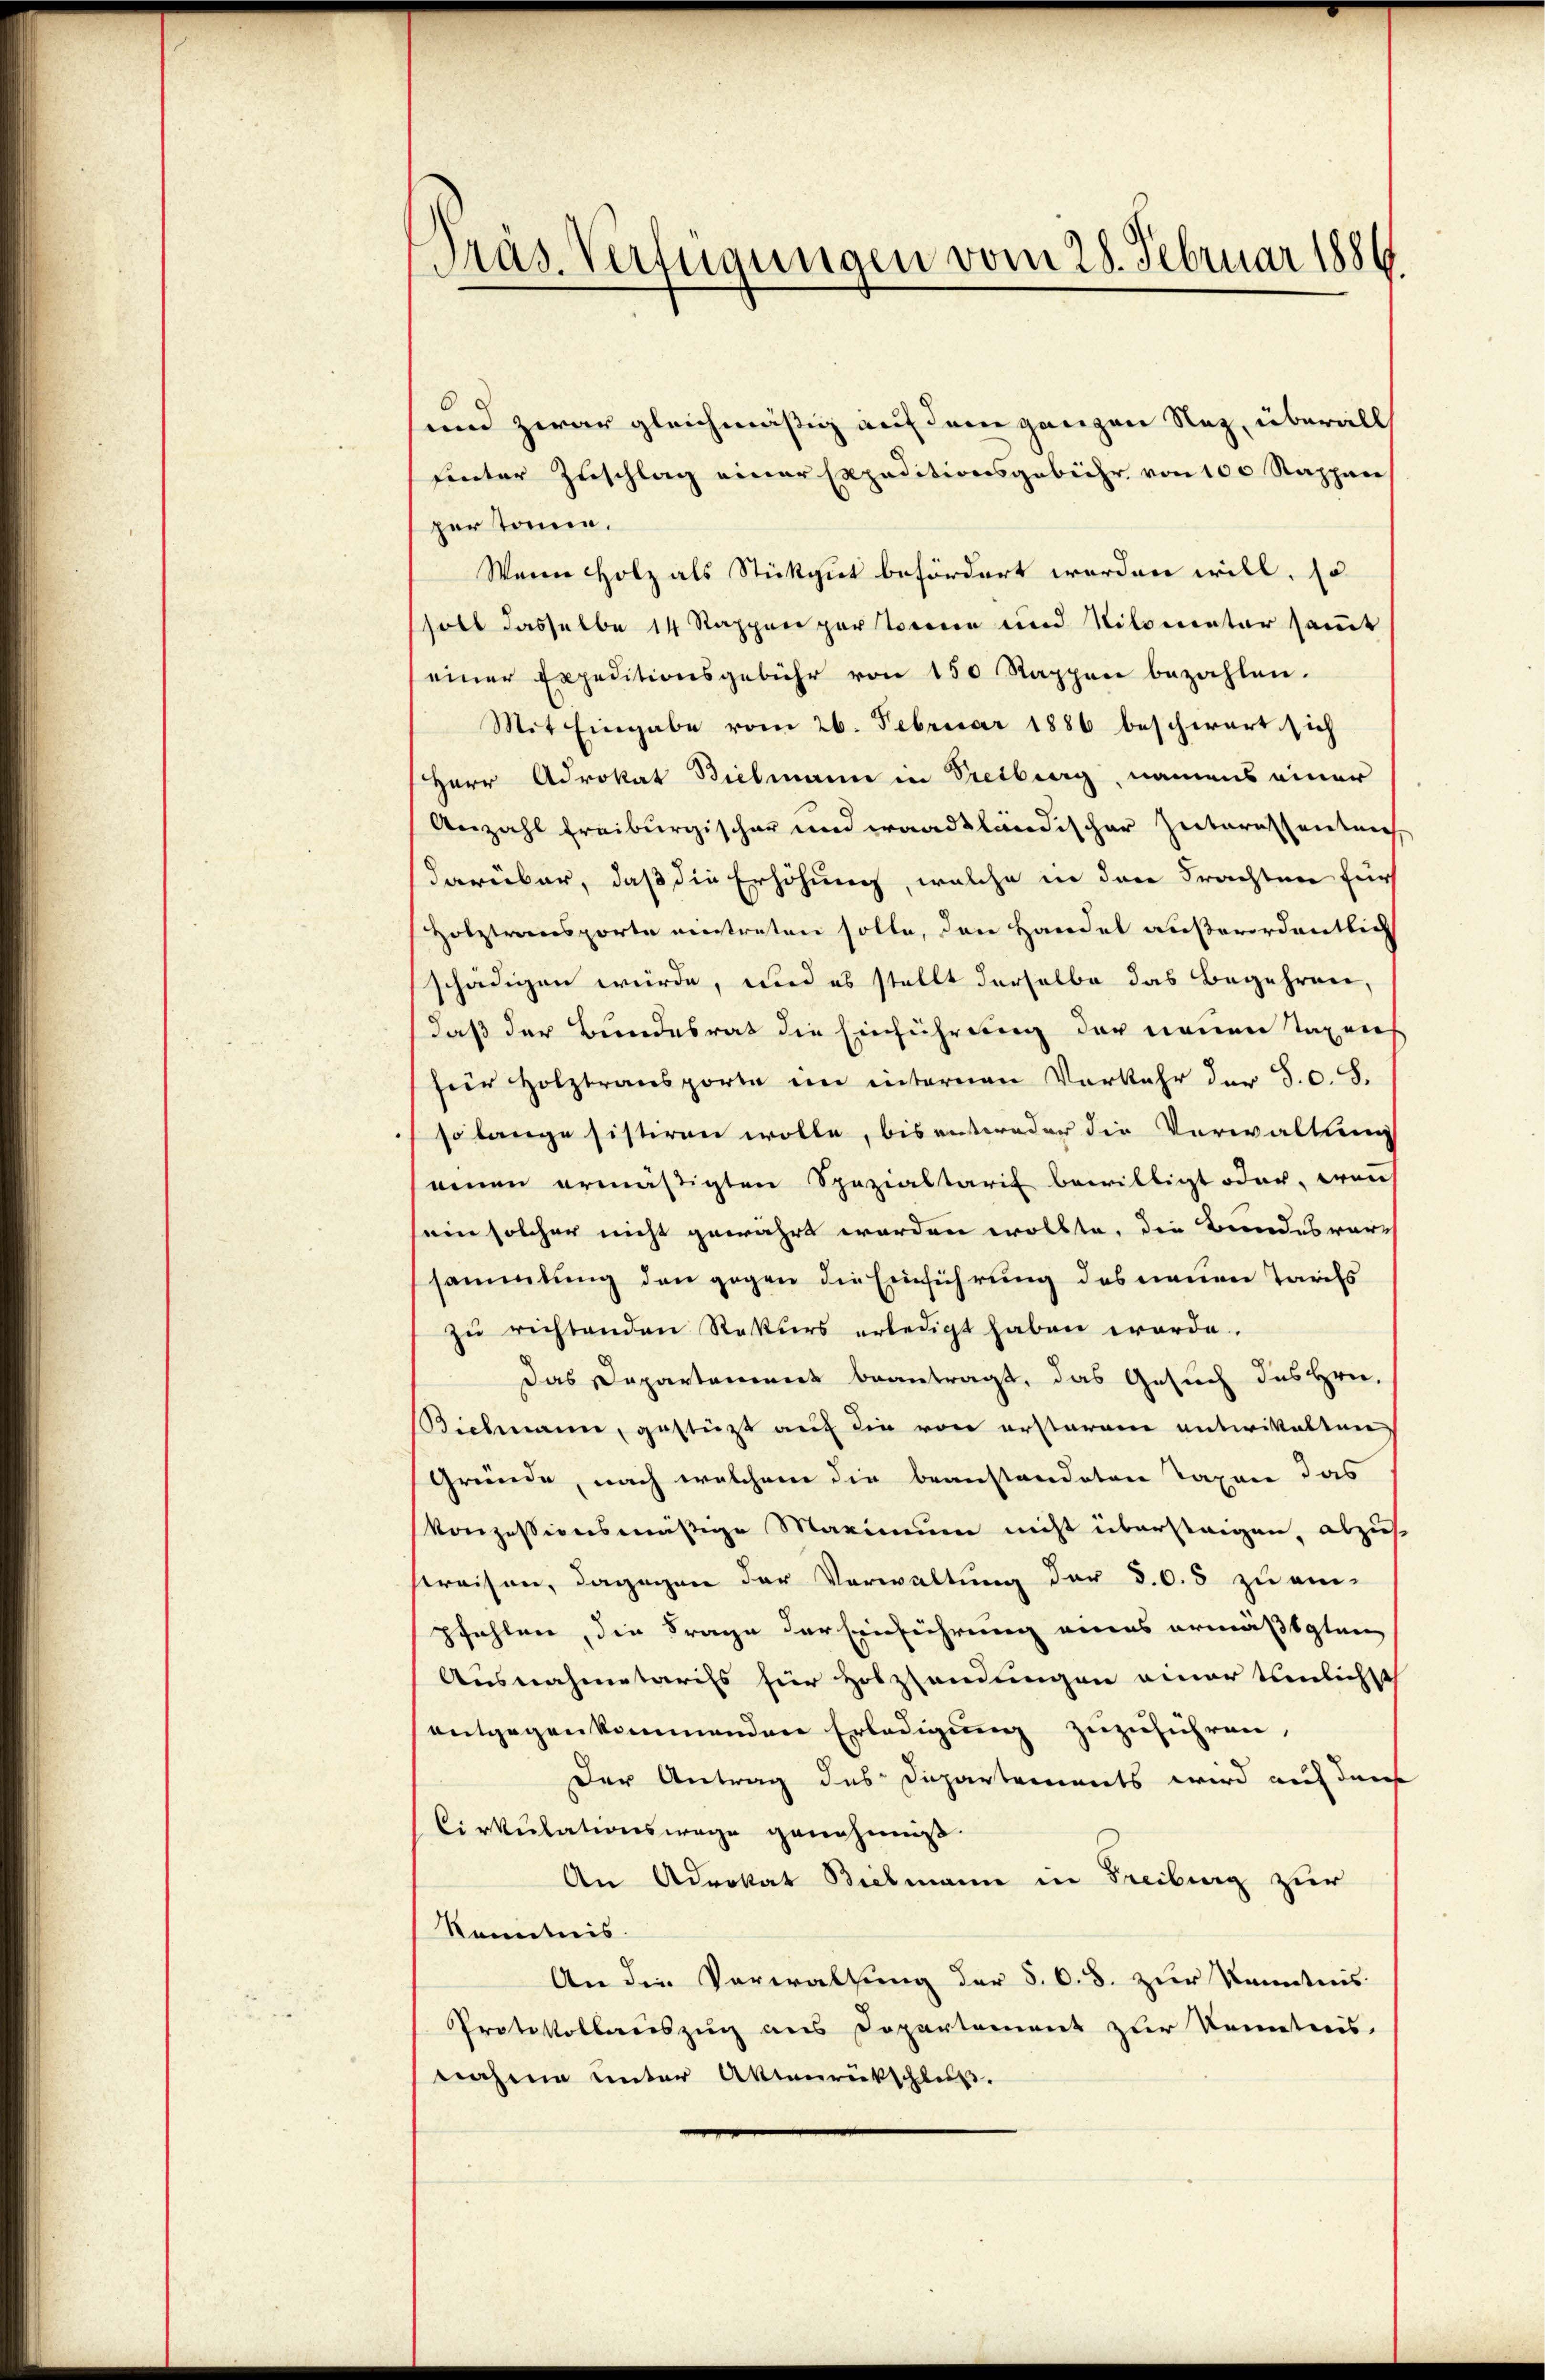
Präs. Verfügungen vom 25. Februar 1886.

und zwar gleichmäßig auf dem ganzen Naz, überall
Einter Zuschlag einer Expeditionsgebühr von 100 Rappen
per Tonnen.
Wenn Holz als Stükgut befördert worden will, so
soll dasselbe 14 Rappen par torenen und Nilometer samt
einer Expeditionsgebühr von 150 Rappen bezahlen.
Mit Eingabe vom 26. Februar 1886 beschwert sich
Herr Adrokat Bielmann in Treiburg, namens einer
Anzahl Freiburgischer und waadtländischer Zeiteressenten
darüber, daß die Erhöhung, welche in den Frachten für
Holztransporte eintreten solle, den Handel außerordentlich
schädigen würde, und es stellt derselbe das Begehren,
daß der Bundesrat die Einführung der neuen Taxen
für Holztransporte im internen Vorkehr der S. c. S.
so lange sistiren wolle, bis entweder die Verwaltung
einen ermäßigten Spezialtarif bewilligt oder, weis
sein solcher nicht gewährt worden wollte, die Bundesversammlung den gegen die Einführung des neuen Tarils
zŭ richtenden Rekurs erledigt haben worde.
Das Departement beantragt, das Gesuch des Hrn.
Bichmann, gestützt auf die von ersterem entwikalten
Gründe, nach welchem die beanstandeten Taxen das
konzessionsmäßige Maximum nicht übersteigen, abzus
streisen, dagegen der Verwaltung der §. 6. 5 zu ein-
pfehlen, die Frage der Einführung eines ermäßigten
Ausnahmetariss für Holzsendungen einer teilichst
entgegenkommenden Erledigung zuzuführen,
Der Antrag des Departements wird auf den
Cirkulationswage genehmig
An Advokat Bielmann in Freiburg zur
Kenntnis.
An die Verwaltung der §. 6. d. zur Kenntnis
Protokollauszug aus Departement zur Kenntnis.
nahme unter Aktenrückschluß.